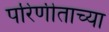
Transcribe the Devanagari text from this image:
परिणीताच्या